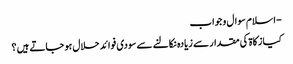
- اسلام سوال و جواب
کیا زکاۃ کی مقدار سے زیادہ نکالنے سے سودی فوائد حلال ہو جاتے ہیں ؟